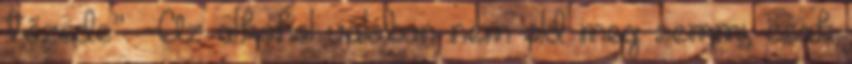
tőzsde”. -Az alkohol valóban nem old meg semmi, csak